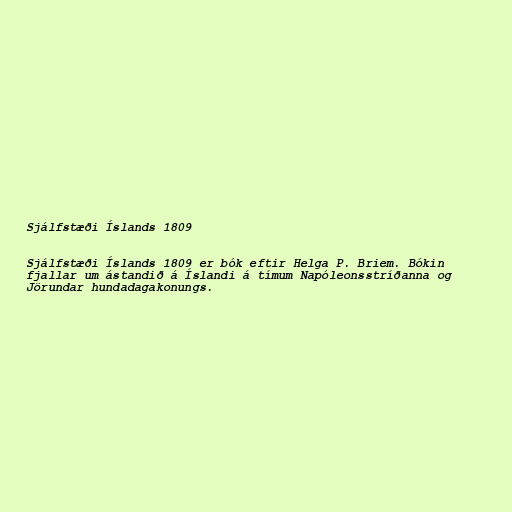
Sjálfstæði Íslands 1809

Sjálfstæði Íslands 1809 er bók eftir Helga P. Briem. Bókin
fjallar um ástandið á Íslandi á tímum Napóleonsstríðanna og
Jörundar hundadagakonungs.